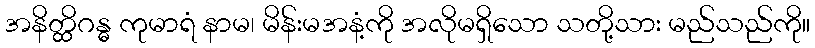
အနိတ္ထိဂန္ဓ ကုမာရံ နာမ၊ မိန်းမအနံ့ကို အလိုမရှိသော သတို့သား မည်သည်ကို။